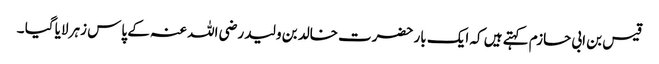
قیس بن ابی حازم کہتے ہیں کہ ایک بار حضرت خالد بن ولید رضی اللہ عنہ کے پاس زہر لایا گیا ۔